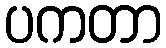
ပကတာ